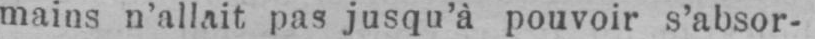
mains n’allait pas jusqu’à pouvoir s’absor-